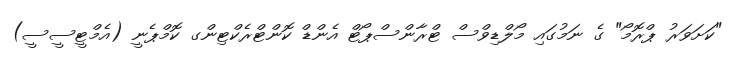
"ކަށަވަރު ޕްރޮމޯ" ގެ ނަމުގައި މޯލްޑިވްސް ޓްރާންސްޕޯޓް އެންޑް ކޮންޓްރެކްޓިންގ ކޮމްޕެނީ (އެމްޓީސީސީ)